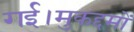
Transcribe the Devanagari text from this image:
गई।मुकद्दमों